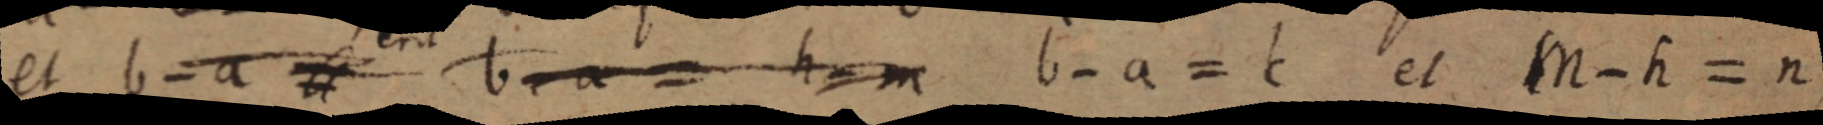
et b - a = b + a = h - m b - a = c et M - h = n